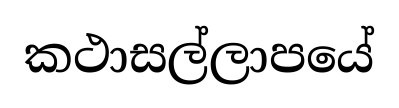
කථාසල්ලාපයේ